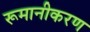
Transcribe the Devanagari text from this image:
रूमानीकरण